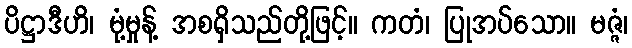
ပိဋ္ဌာဒီဟိ၊ မုံ့မှုန့် အစရှိသည်တို့ဖြင့်။ ကတံ၊ ပြုအပ်သော။ မဇ္ဇံ၊